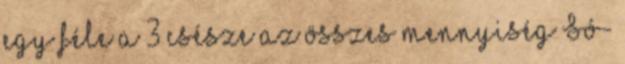
egy féle a 3 csésze az összes mennyiség Só-